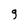
Character: g